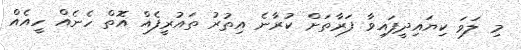
މި ލަވަ ކިޔައިދީފައިވާ ފަރާތަށް ކުރާނެ އިތުރު ތައުރީފެއް އޮތް ހެނެއް ހީއެއް